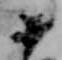
十